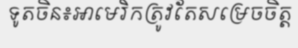
ទូតចិន៖អាមេរិកត្រូវតែសម្រេចចិត្ត